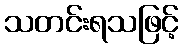
သတင်းရသဖြင့်